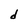
Character: d